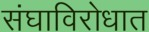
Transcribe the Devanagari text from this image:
संघाविरोधात